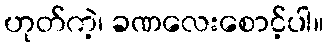
ဟုတ်ကဲ့၊ ခဏလေးစောင့်ပါ။